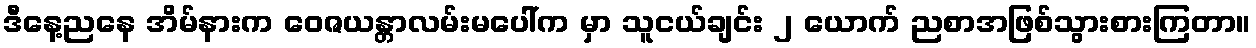
ဒီနေ့ညနေ အိမ်နားက ဝေဇယန္တာလမ်းမပေါ်က မှာ သူငယ်ချင်း ၂ ယောက် ညစာအဖြစ်သွားစားကြတာ။